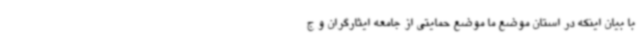
با بیان اینکه در استان موضع ما موضع حمایتی از جامعه ایثارگران و ج